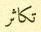
تكاثر